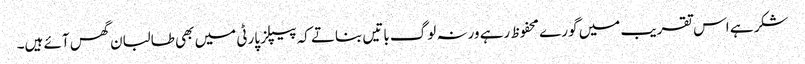
شکر ہے اس تقریب میں گورے محفوظ رہے ورنہ لوگ باتیں بناتے کہ پیپلز پارٹی میں بھی طالبان گھس آئے ہیں۔